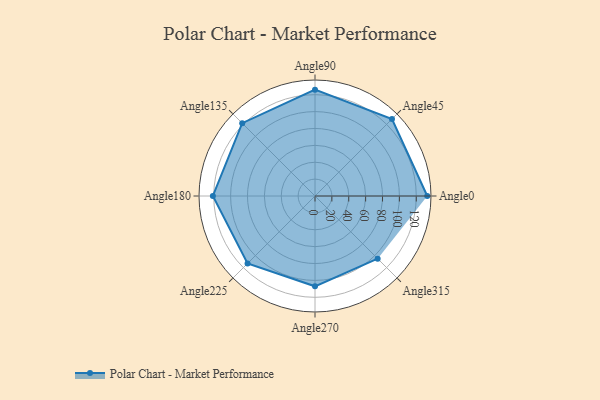
{"axis": {"x": "Angle", "y": "Radius"}, "legend": [""], "data": [{"x": "Angle0", "y": 133.0, "type": ""}, {"x": "Angle45", "y": 129.0, "type": ""}, {"x": "Angle90", "y": 126.0, "type": ""}, {"x": "Angle135", "y": 122.0, "type": ""}, {"x": "Angle180", "y": 121.0, "type": ""}, {"x": "Angle225", "y": 113.0, "type": ""}, {"x": "Angle270", "y": 107.0, "type": ""}, {"x": "Angle315", "y": 105.0, "type": ""}]}